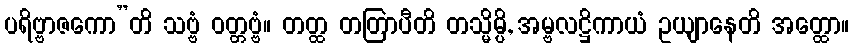
ပရိဗ္ဗာဇကော”တိ သဗ္ဗံ ဝတ္တဗ္ဗံ။ တတ္ထ တတြာပီတိ တသ္မိမ္ပိ, အမ္ဗလဋ္ဌိကာယံ ဥယျာနေတိ အတ္ထော။